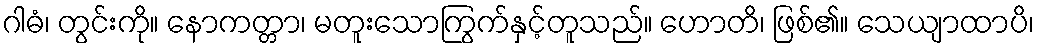
ဂါဓံ၊ တွင်းကို။ နောကတ္တာ၊ မတူးသောကြွက်နှင့်တူသည်။ ဟောတိ၊ ဖြစ်၏။ သေယျာထာပိ၊